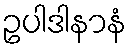
ဥပါဒါနာနံ